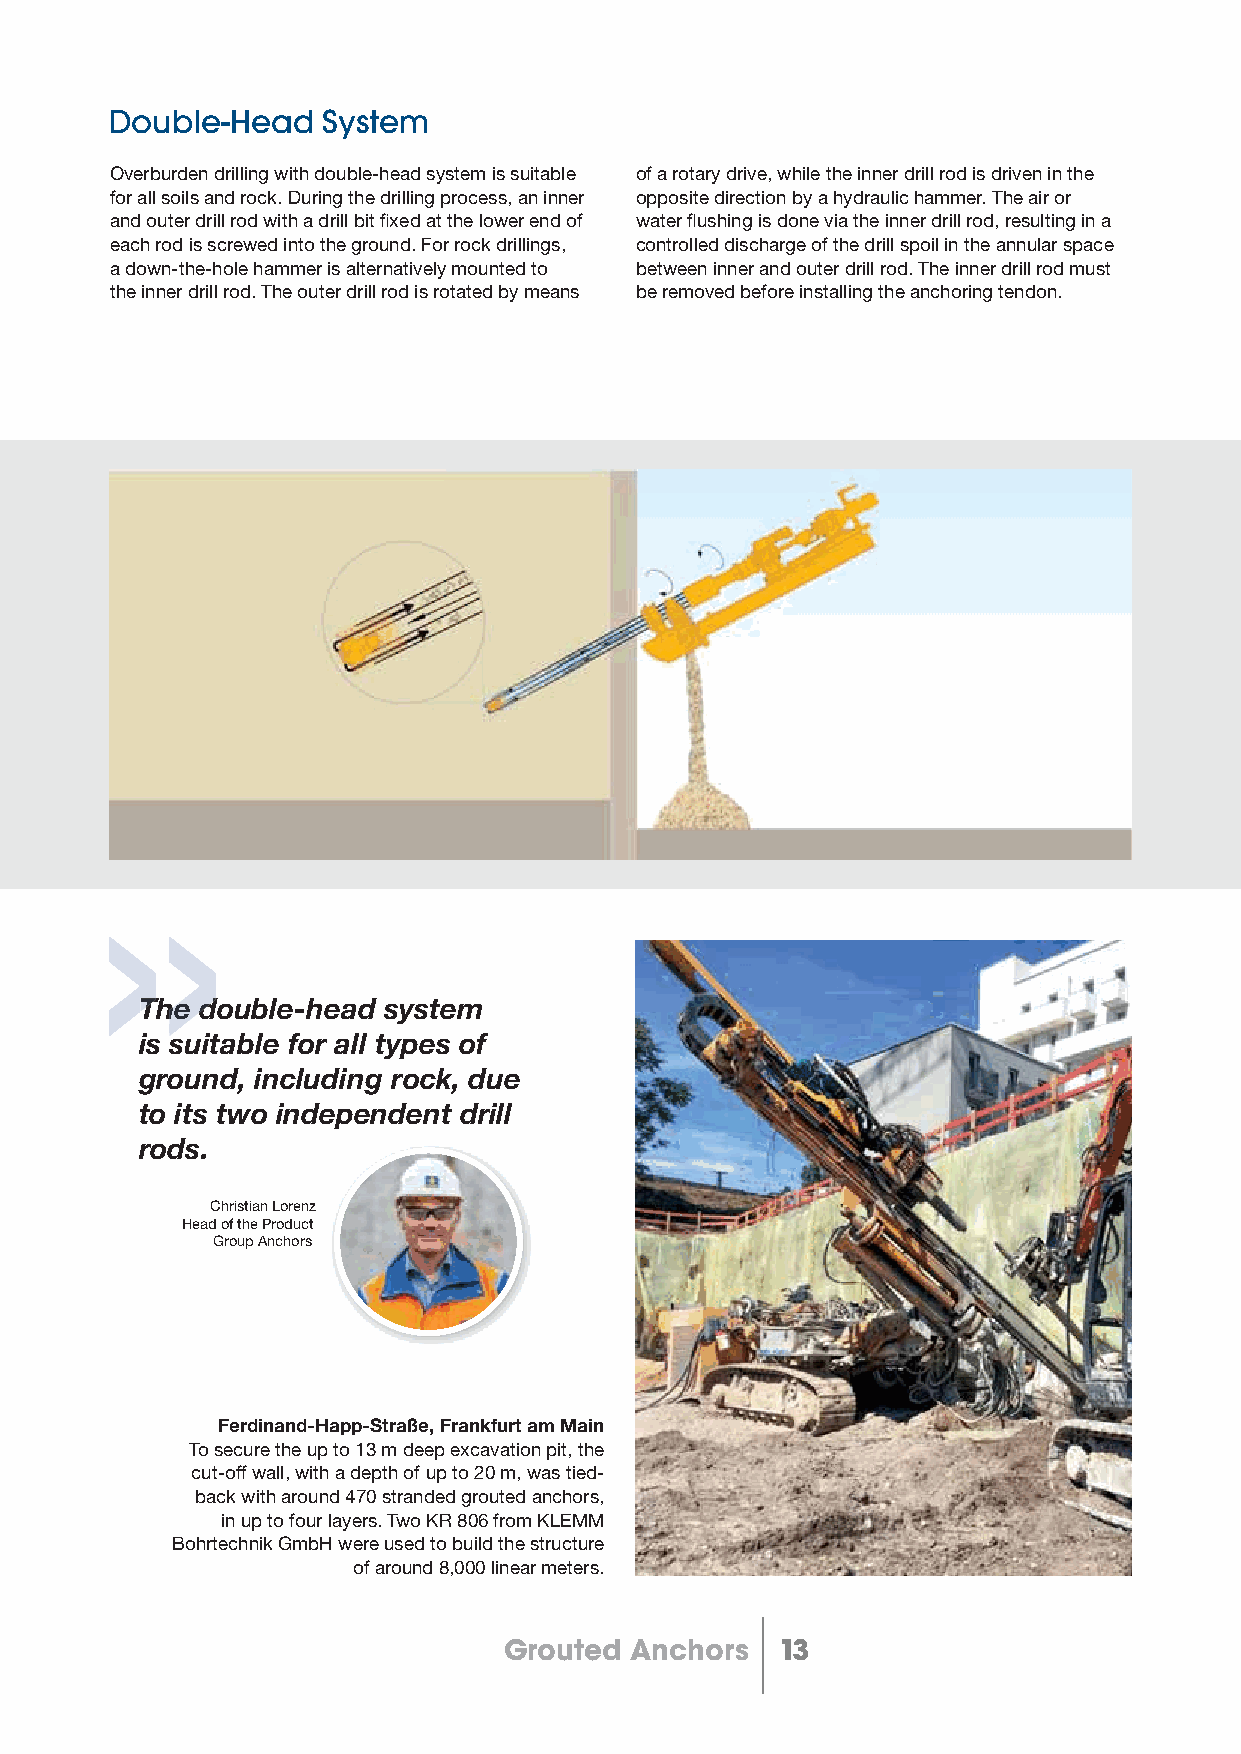
Double-Head   System
 Overburden drilling with double-head system is suitable of a rotary drive, while the inner drill rod is driven in the
 for all soils and rock. During the drilling process, an inner opposite direction by a hydraulic hammer. The air or
 and outer drill rod with a drill bit fi xed at the lower end of water fl ushing is done via the inner drill rod, resulting in a
 each rod is screwed into the ground. For rock drillings, controlled discharge of the drill spoil in the annular space
 a down-the-hole hammer is alternatively mounted to between inner and outer drill rod. The inner drill rod must
 the inner drill rod. The outer drill rod is rotated by means be removed before installing the anchoring tendon.
 TThhee ddouble-head system
 is suitable for all types of
 ground, including rock, due
 to its two independent drill
 rods.
 Christian Lorenz
 Head of the Product
 Group Anchors
 Ferdinand-Happ-Straße, Frankfurt am Main
 To secure the up to 13 m deep excavation pit, the
 cut-off wall, with a depth of up to 20 m, was tied-
 back with around 470 stranded grouted anchors,
 in up to four layers. Two KR 806 from KLEMM
 Bohrtechnik GmbH were used to build the structure
 of around 8,000 linear meters.
 Grouted  Anchors   13